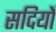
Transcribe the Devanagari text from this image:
सदियोँ